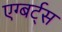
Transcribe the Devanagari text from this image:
एग्बर्ट्स